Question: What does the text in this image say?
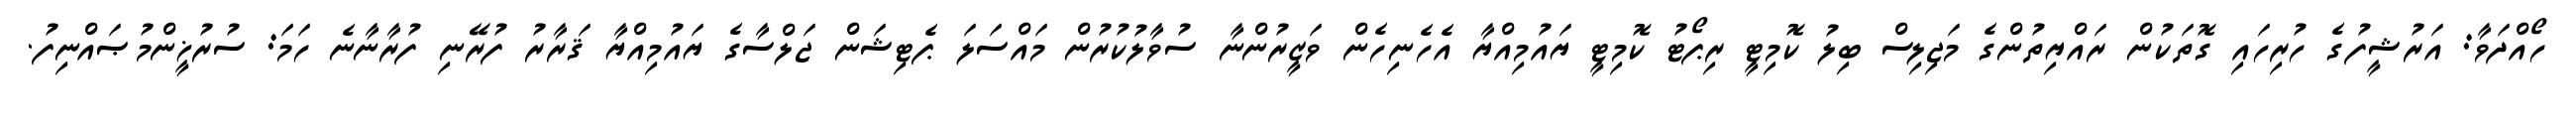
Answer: ހޯއްދަވާ: އަރުޝީފުގެ ހުރިހައި ގޮތަކުން ރައްޔިތުންގެ މަޖިލިސް ބިލު ކޮމިޓީ ރިޕޯޓު ކޮމިޓީ ޔައުމިއްޔާ އެހެނިހެން ވަޒީރުންނާ ސުވާލުކުރުން މައްސަލަ ޕެޓިޝަން ޖަލްސާގެ ޔައުމިއްޔާ ޤަރާރު ފުރޭނި ފުރާނާނެ ހަމަ: ސުރުޚީންމުޞައްނިފު.